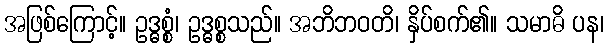
အဖြစ်ကြောင့်။ ဥဒ္ဓစ္စံ၊ ဥဒ္ဓစ္စသည်။ အဘိဘဝတိ၊ နှိပ်စက်၏။ သမာဓိ ပန၊